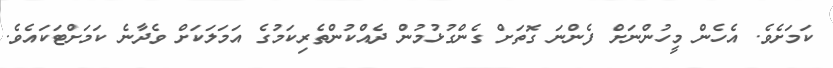
ކަމަށެވެ. އެހެން މީހުންނަށް ފެންނަ ގޮތަށް ގެންގުޅުމުން ދެއްކުންތެރިކަމުގެ އަމަލަކަށް ވެދާނެ ކަމަށްޓަކައެވެ.